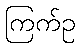
ကြက်ဥ